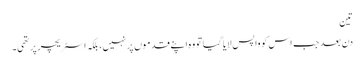
تین
دن بعد جب اس کو واپس لایا گیا تو وہ اپنے قدموں پر نہیں، بلکہ اسٹریچر پر تھی۔